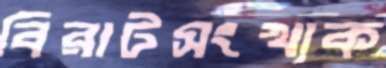
বিরাটসংখ্যক